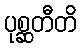
ပုစ္ဆတီတိ